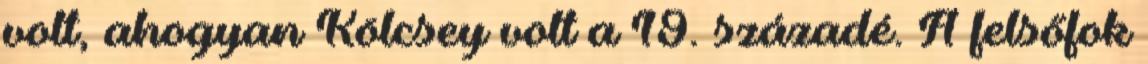
volt, ahogyan Kölcsey volt a 19. századé. A felsőfok